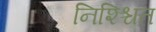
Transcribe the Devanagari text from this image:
निश्श्चित